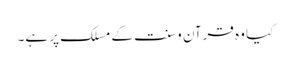
کیا وہ قرآن و سنت کے مسلک پر ہے۔